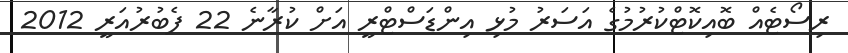
ރިސޯޓެއް ބޮއިކޮޓްކުރުމުގެ އަސަރު މުޅި އިންޑަސްޓްރީ އަށް ކުރާނެ 22 ފެބުރުއަރީ 2012